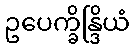
ဥပေက္ခိန္ဒြိယံ